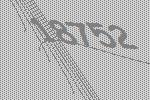
18752